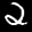
Label: 2